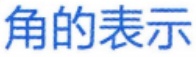
角的表示